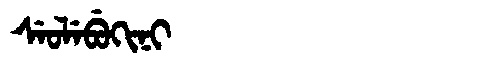
Manchu: ᠰᡝᠣᠯᡝᠪᡠᡴᡳᠨᡳ
Romanization: SEOLEBUKINI